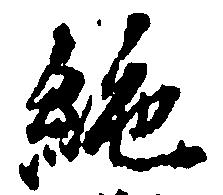
絶